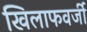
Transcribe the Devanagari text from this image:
खिलाफवर्जी